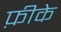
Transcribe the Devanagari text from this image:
फ़ीके